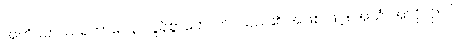
အတိပဘဿရဘာဝေန၊ လွန်စွာတောက်ပသည်၏ အဖြစ် ဖြင့်။ အယံ၊ အလိုလို။ ဝါ၊